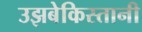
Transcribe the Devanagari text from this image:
उझबेकिस्तानी